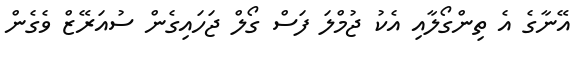
އޭނާގެ އެ ތިންގޯލާއި އެކު ޖުމްލަ ފަސް ގޯލް ޖަހައިގެން ސުއަރޭޒް ވެގެން